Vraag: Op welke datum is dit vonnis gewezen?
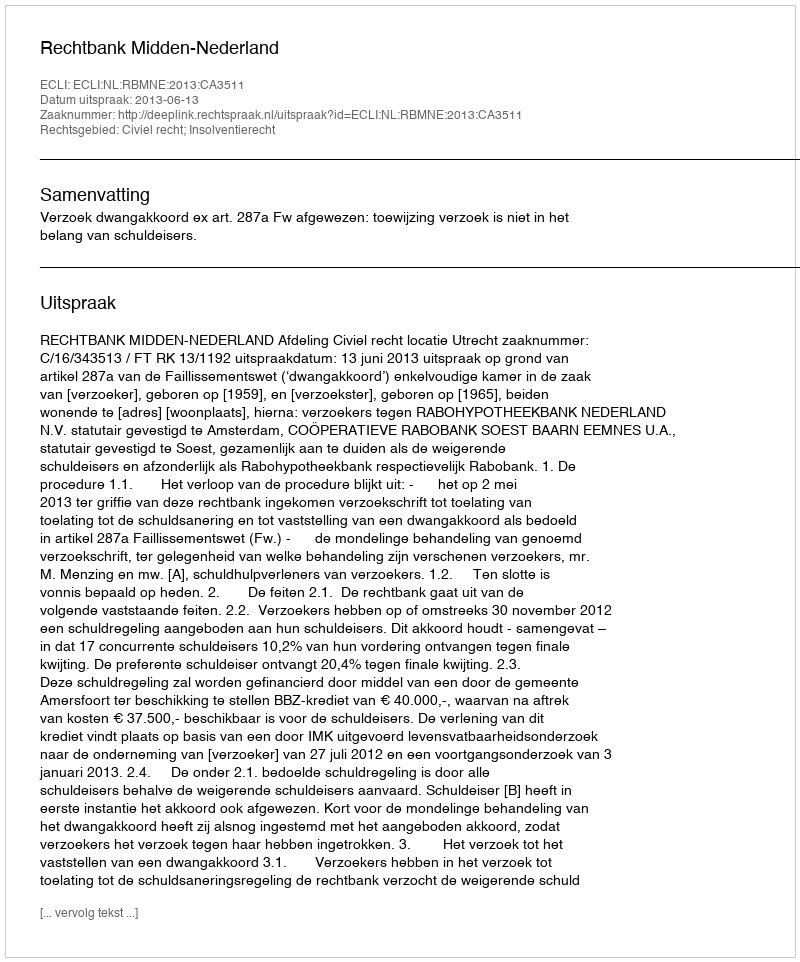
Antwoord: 2013-06-13